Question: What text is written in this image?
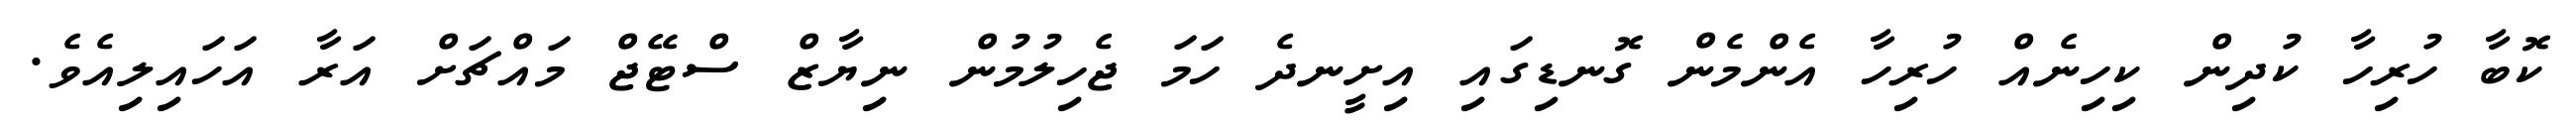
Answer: ކޮބާ ހުރިހާ ކުދިން ކިހިނެއް ހުރިހާ އެންމެން ގޮނޑިގައި އިށީނދެ ހަމަ ޖެހިލުމުން ނިޔާޒް ސްޓޭޖް މައްޗަށް އަރާ އަހައިލިއެވެ.